Vaccination report Assam 1896-1927 - 1896-1927
Year: 1896
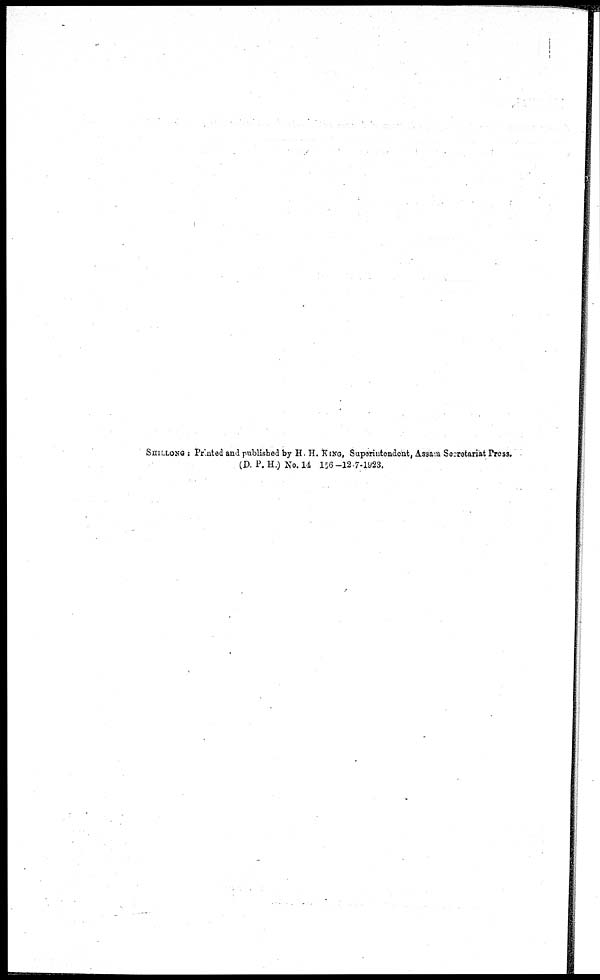
SHILLONG : Printed and published by H. H. KING, Superintendent, Assam Secretaria. Press.
(D. P. H.) No. 14 156-12-7-1923.